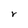
Character: r